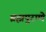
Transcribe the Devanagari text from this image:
ब्रह्मपुराणे